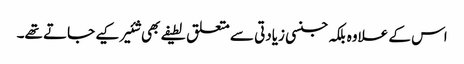
اس کے علاوہ بلکہ جنسی زیادتی سے متعلق لطیفے بھی شئیر کیے جاتے تھے۔